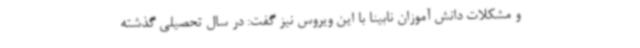
و مشکلات دانش آموزان نابینا با این ویروس نیز گفت: در سال تحصیلی گذشته